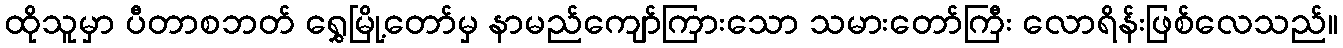
ထိုသူမှာ ပီတာစဘတ် ရွှေမြို့တော်မှ နာမည်ကျော်ကြားသော သမားတော်ကြီး လောရိန်းဖြစ်လေသည်။